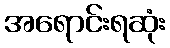
အရောင်းရဆုံး